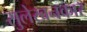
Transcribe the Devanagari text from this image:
सुलेखनकार